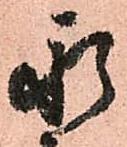
永